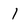
Character: I